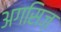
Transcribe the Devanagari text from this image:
अगसिज़